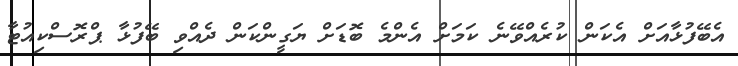
އެބޭފުޅާއަށް އެކަން ކުރެއްވޭނެ ކަމަށް އެންމެ ބޮޑަށް ޔަގީންކަން ދެއްވި ބޭފުޅާ ޕްރޮސްކިއުޓާ